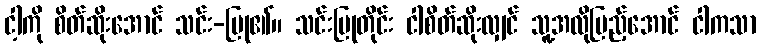
ငါ့ကို စိတ်ဆိုးအောင် သင်း-ပြု၏။ သင်းပြုတိုင်း ငါစိတ်ဆိုးလျှင် သူ့အလိုပြည့်အောင် ငါကသာ